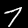
Digit: 7